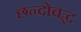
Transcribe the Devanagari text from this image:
छन्दोवद्ध